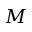
M